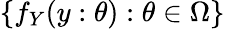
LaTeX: \{ f_{Y}(y:\theta):\theta\in\Omega\}